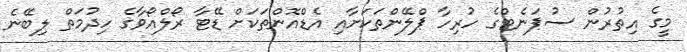
މީގެ އިތުރުން ސުޕަނެޓްގެ ހުރިހާ ޕްލޭންތަކަށާއި އެޑްއޮންތަކަށް ޑޭޓާ ރޯލްއޯވާގެ ހިދުމަތް ލިބޭނެ